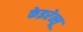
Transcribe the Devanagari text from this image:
केइरेत्सू